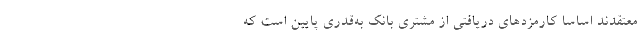
معتقدند اساساً کارمزدهای دریافتی از مشتری بانک به‌قدری پایین است که